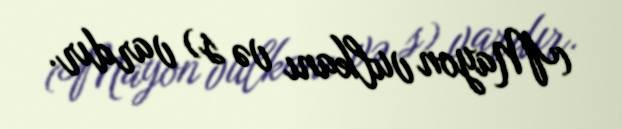
(Mayon vulkanı və s) vardır.